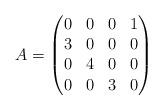
LaTeX: \begin{align*}A = \begin{pmatrix}0 & 0 & 0 & 1 \\3& 0 & 0 & 0 \\0 & 4 &0 &0 \\0 & 0 & 3 & 0\\\end{pmatrix}\end{align*}